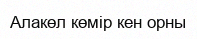
Алакөл көмір кен орны